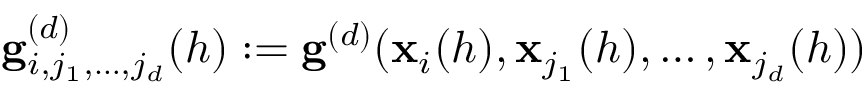
\mathbf { g } _ { i , j _ { 1 } , \ldots , j _ { d } } ^ { ( d ) } ( h ) : = \mathbf { g } ^ { ( d ) } ( \mathbf { x } _ { i } ( h ) , \mathbf { x } _ { j _ { 1 } } ( h ) , \dots , \mathbf { x } _ { j _ { d } } ( h ) )